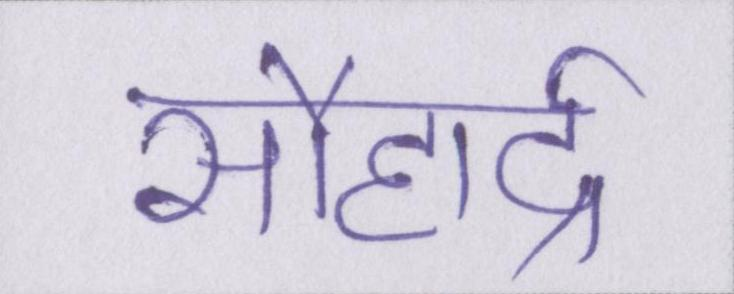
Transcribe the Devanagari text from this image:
सौहार्द्र